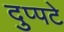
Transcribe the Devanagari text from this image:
दुप्पटे